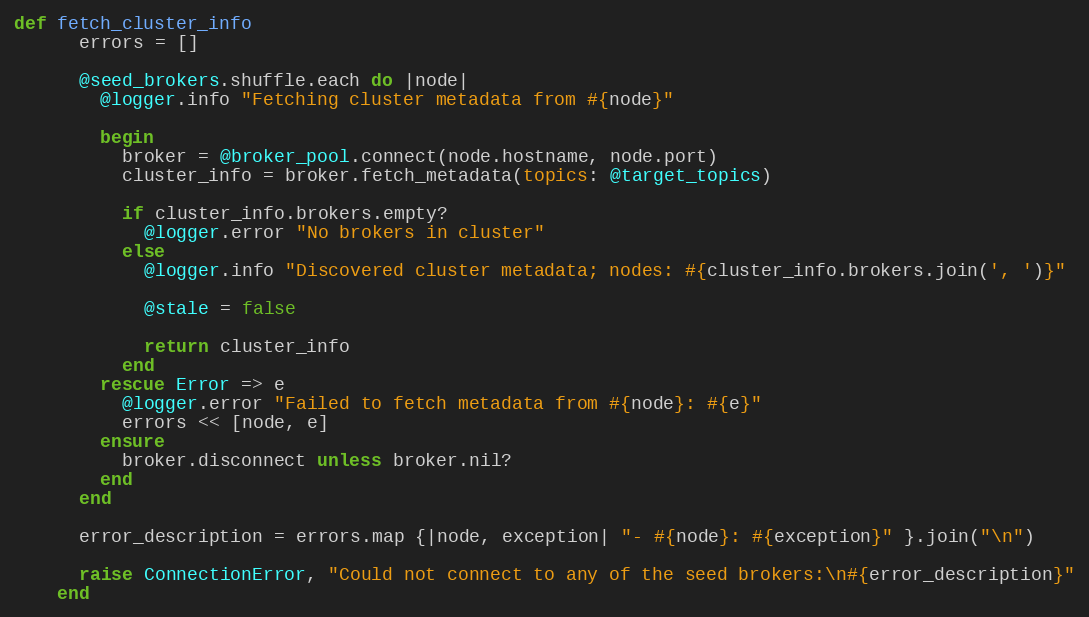
Language: Ruby
def fetch_cluster_info
      errors = []

      @seed_brokers.shuffle.each do |node|
        @logger.info "Fetching cluster metadata from #{node}"

        begin
          broker = @broker_pool.connect(node.hostname, node.port)
          cluster_info = broker.fetch_metadata(topics: @target_topics)

          if cluster_info.brokers.empty?
            @logger.error "No brokers in cluster"
          else
            @logger.info "Discovered cluster metadata; nodes: #{cluster_info.brokers.join(', ')}"

            @stale = false

            return cluster_info
          end
        rescue Error => e
          @logger.error "Failed to fetch metadata from #{node}: #{e}"
          errors << [node, e]
        ensure
          broker.disconnect unless broker.nil?
        end
      end

      error_description = errors.map {|node, exception| "- #{node}: #{exception}" }.join("\n")

      raise ConnectionError, "Could not connect to any of the seed brokers:\n#{error_description}"
    end